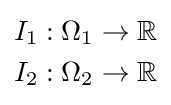
{\begin{aligned}I_{1}:\Omega _{1}\to \mathbb {R} \\I_{2}:\Omega _{2}\to \mathbb {R} \end{aligned}}